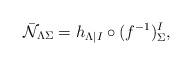
LaTeX: \begin{align*}\bar{\cal N}_{\Lambda\Sigma} =h_{\Lambda|I}\circ (f^{-1})^I_{\Sigma}, \end{align*}